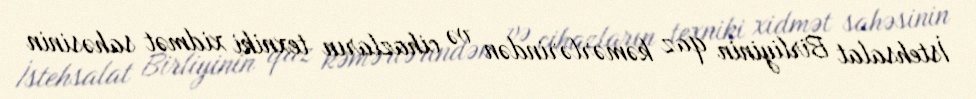
İstehsalat Birliyinin qaz kəmərlərindən və cihazların texniki xidmət sahəsinin